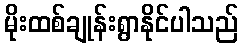
မိုးထစ်ချုန်းရွာနိုင်ပါသည်